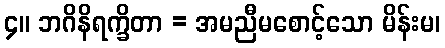
၄။ ဘဂိနိရက္ခိတာ = အမညီမစောင့်သော မိန်းမ၊